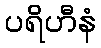
ပရိဟီနံ